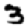
Digit: 3